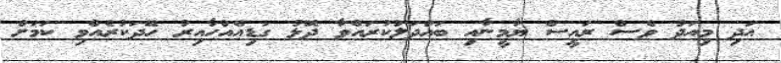
އަދި މިއަދު ވެސް ރައީސް ޔާމީނާއި ބައްދަލުކުރައްވާ ދޮޅު ގަޑިއެއްހާއިރު ހޭދަކުރެއްވި ކަމަށް